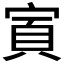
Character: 𫳜